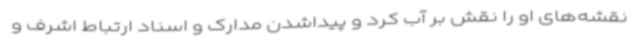
نقشه‌های او را نقش بر آب کرد و پیداشدن مدارک و اسناد ارتباط اشرف و